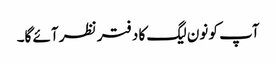
آپ کو نون لیگ کا دفتر نظر آئے گا۔